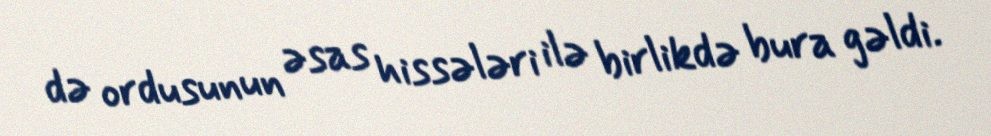
də ordusunun əsas hissələri ilə birlikdə bura gəldi.